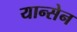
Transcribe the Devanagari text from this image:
यान्सेन